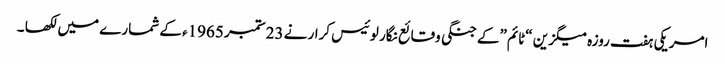
امریکی ہفت روزہ میگزین “ٹائم”کے جنگی وقائع نگار لوئیس کرار نے 23ستمبر 1965ء کے شمارے میں لکھا ۔